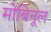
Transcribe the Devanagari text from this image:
मोबिनूल